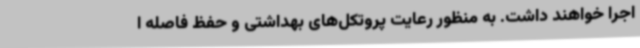
اجرا خواهند داشت. به منظور رعایت پروتکل‌های بهداشتی و حفظ فاصله ا